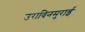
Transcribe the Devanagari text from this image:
उराविनमुराई